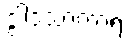
ဒွါဒသာကာရံ